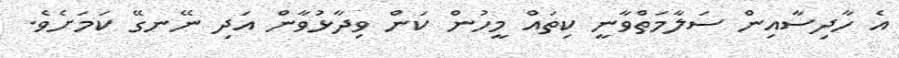
އެ ހާދިސާއިން ސަލާމަތްވާނީ ކިތައް މީހުން ކަން ވިދާޅުވާން އަދި ނޭނގޭ ކަމަށެވެ.